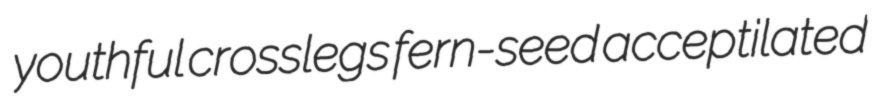
youthful crosslegs fern-seed acceptilated